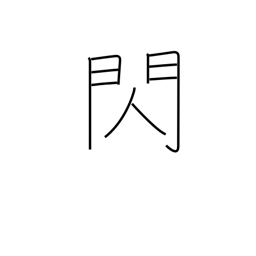
Meaning: flash